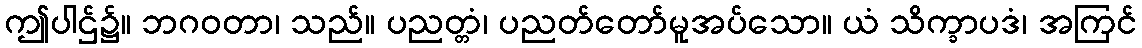
ဤပါဌ်၌။ ဘဂဝတာ၊ သည်။ ပညတ္တံ၊ ပညတ်တော်မူအပ်သော။ ယံ သိက္ခာပဒံ၊ အကြင်